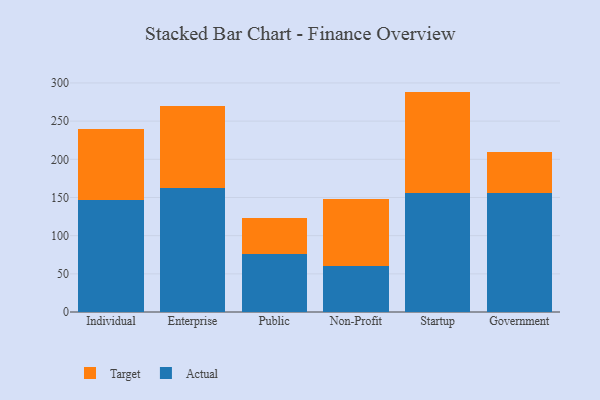
{"axis": {"x": "Segment", "y": "Budget (USD K)"}, "legend": ["Actual", "Target"], "data": [{"x": "Individual", "y": 146.8, "type": "Actual"}, {"x": "Individual", "y": 92.6, "type": "Target"}, {"x": "Enterprise", "y": 162.7, "type": "Actual"}, {"x": "Enterprise", "y": 107.7, "type": "Target"}, {"x": "Public", "y": 75.9, "type": "Actual"}, {"x": "Public", "y": 47.1, "type": "Target"}, {"x": "Non-Profit", "y": 60.1, "type": "Actual"}, {"x": "Non-Profit", "y": 88.1, "type": "Target"}, {"x": "Startup", "y": 156.1, "type": "Actual"}, {"x": "Startup", "y": 132.6, "type": "Target"}, {"x": "Government", "y": 155.4, "type": "Actual"}, {"x": "Government", "y": 53.9, "type": "Target"}]}